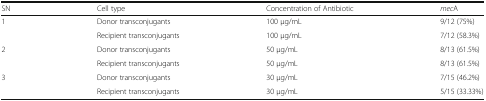
<table><thead><tr><td><b>SN</b></td><td><b>Cell type</b></td><td><b>Concentration of Antibiotic</b></td><td><b><i>mec</i>A</b></td></tr></thead><tbody><tr><td rowspan="2">1</td><td>Donor transconjugants</td><td>100 μg/mL</td><td>9/12 (75%)</td></tr><tr><td>Recipient transconjugants</td><td>100 μg/mL</td><td>7/12 (58.3%)</td></tr><tr><td rowspan="2">2</td><td>Donor transconjugants</td><td>50 μg/mL</td><td>8/13 (61.5%)</td></tr><tr><td>Recipient transconjugants</td><td>50 μg/mL</td><td>8/13 (61.5%)</td></tr><tr><td rowspan="2">3</td><td>Donor transconjugants</td><td>30 μg/mL</td><td>7/15 (46.2%)</td></tr><tr><td>Recipient transconjugants</td><td>30 μg/mL</td><td>5/15 (33.33%)</td></tr></tbody></table>